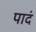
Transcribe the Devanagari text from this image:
पादं